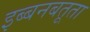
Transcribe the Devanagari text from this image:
इब्बनबतूता